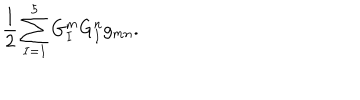
\frac { 1 } { 2 } \sum _ { I = 1 } ^ { 5 } G _ { I } ^ { m } G _ { I } ^ { n } g _ { m n } .